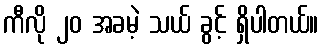
ကီလို ၂၀ အခမဲ့ သယ် ခွင့် ရှိပါတယ်။